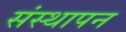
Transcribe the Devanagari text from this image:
संस्‍थापन